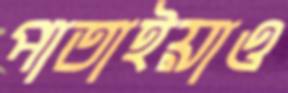
পাতাইয়াও